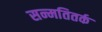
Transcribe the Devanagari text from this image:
सन्मतितर्क